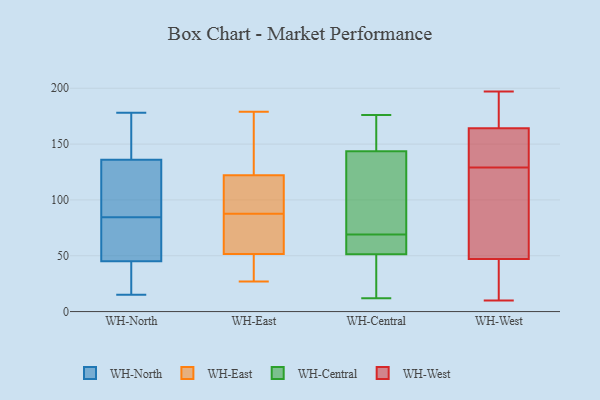
{"axis": {"x": "Headcount", "y": "Value"}, "legend": ["WH-Central", "WH-East", "WH-North", "WH-West"], "data": [{"x": "", "y": 30, "type": "WH-North"}, {"x": "", "y": 132, "type": "WH-North"}, {"x": "", "y": 51, "type": "WH-North"}, {"x": "", "y": 136, "type": "WH-North"}, {"x": "", "y": 112, "type": "WH-North"}, {"x": "", "y": 178, "type": "WH-North"}, {"x": "", "y": 39, "type": "WH-North"}, {"x": "", "y": 126, "type": "WH-North"}, {"x": "", "y": 50, "type": "WH-North"}, {"x": "", "y": 137, "type": "WH-North"}, {"x": "", "y": 36, "type": "WH-North"}, {"x": "", "y": 57, "type": "WH-North"}, {"x": "", "y": 147, "type": "WH-North"}, {"x": "", "y": 45, "type": "WH-North"}, {"x": "", "y": 48, "type": "WH-North"}, {"x": "", "y": 143, "type": "WH-North"}, {"x": "", "y": 123, "type": "WH-North"}, {"x": "", "y": 15, "type": "WH-North"}, {"x": "", "y": 98, "type": "WH-East"}, {"x": "", "y": 179, "type": "WH-East"}, {"x": "", "y": 129, "type": "WH-East"}, {"x": "", "y": 115, "type": "WH-East"}, {"x": "", "y": 27, "type": "WH-East"}, {"x": "", "y": 81, "type": "WH-East"}, {"x": "", "y": 176, "type": "WH-East"}, {"x": "", "y": 86, "type": "WH-East"}, {"x": "", "y": 89, "type": "WH-East"}, {"x": "", "y": 61, "type": "WH-East"}, {"x": "", "y": 32, "type": "WH-East"}, {"x": "", "y": 42, "type": "WH-East"}, {"x": "", "y": 136, "type": "WH-Central"}, {"x": "", "y": 12, "type": "WH-Central"}, {"x": "", "y": 146, "type": "WH-Central"}, {"x": "", "y": 126, "type": "WH-Central"}, {"x": "", "y": 62, "type": "WH-Central"}, {"x": "", "y": 150, "type": "WH-Central"}, {"x": "", "y": 58, "type": "WH-Central"}, {"x": "", "y": 40, "type": "WH-Central"}, {"x": "", "y": 176, "type": "WH-Central"}, {"x": "", "y": 49, "type": "WH-Central"}, {"x": "", "y": 69, "type": "WH-Central"}, {"x": "", "y": 29, "type": "WH-West"}, {"x": "", "y": 191, "type": "WH-West"}, {"x": "", "y": 163, "type": "WH-West"}, {"x": "", "y": 10, "type": "WH-West"}, {"x": "", "y": 129, "type": "WH-West"}, {"x": "", "y": 148, "type": "WH-West"}, {"x": "", "y": 13, "type": "WH-West"}, {"x": "", "y": 197, "type": "WH-West"}, {"x": "", "y": 53, "type": "WH-West"}, {"x": "", "y": 168, "type": "WH-West"}, {"x": "", "y": 88, "type": "WH-West"}, {"x": "", "y": 67, "type": "WH-West"}, {"x": "", "y": 132, "type": "WH-West"}]}